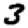
Digit: 3